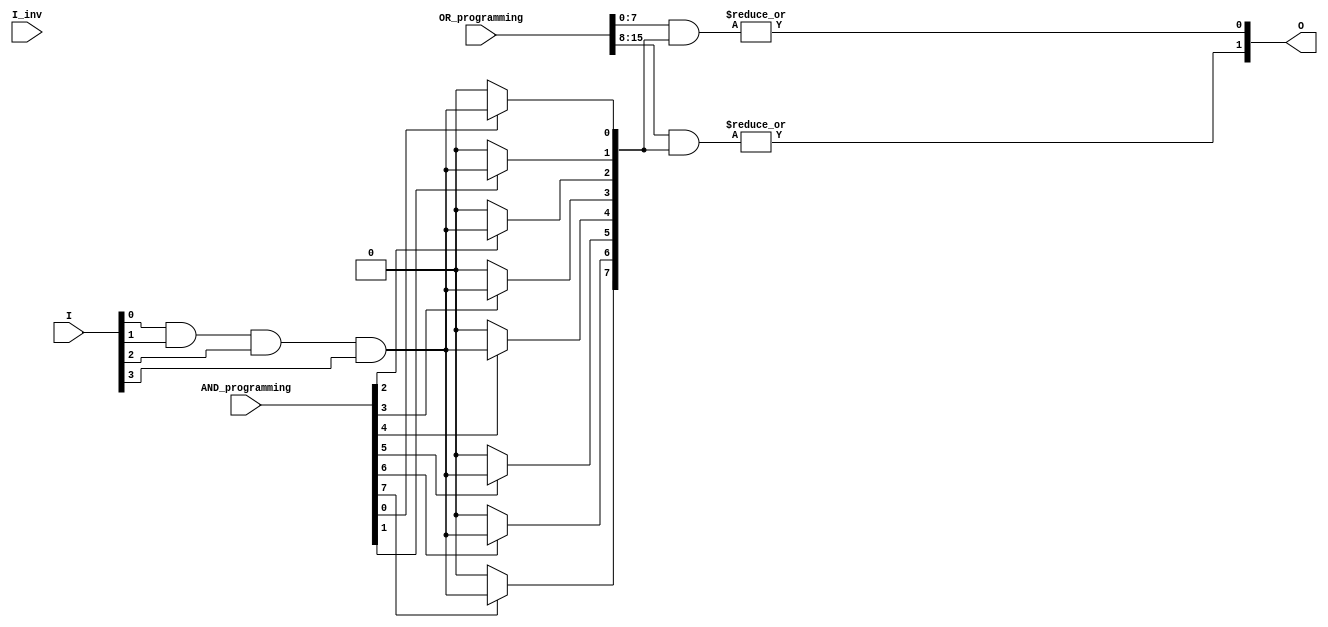
module CLB_PLA #(
    parameter INPUT_WIDTH = 4,    // Number of inputs
    parameter OUTPUT_WIDTH = 2,    // Number of outputs
    parameter MAX_PRODUCT_TERMS = 8 // Maximum product terms in AND plane
)(
    input wire [INPUT_WIDTH-1:0] I,         // Input lines
    input wire [INPUT_WIDTH-1:0] I_inv,     // Inverted input lines (for the convenience of fuses)
    input wire [MAX_PRODUCT_TERMS-1:0] AND_programming, // Fuse connections for AND plane
    input wire [OUTPUT_WIDTH*MAX_PRODUCT_TERMS-1:0] OR_programming, // Fuse connections for OR plane
    output wire [OUTPUT_WIDTH-1:0] O        // Output lines
);

// Intermediate product terms
wire [MAX_PRODUCT_TERMS-1:0] P; // Product terms from AND gates

// AND Plane: Each product term represents an AND gate
generate
    genvar j;
    for (j = 0; j < MAX_PRODUCT_TERMS; j = j + 1) begin : and_plane
        assign P[j] = (AND_programming[j]) ? (I[0] & I[1] & I[2] & I[3]) : 1'b0; // Example: All inputs ANDed if fuse is intact
    end
endgenerate

// OR Plane: Each output combines selected product terms
generate
    genvar k;
    for (k = 0; k < OUTPUT_WIDTH; k = k + 1) begin : or_plane
        assign O[k] = |(OR_programming[k*MAX_PRODUCT_TERMS +: MAX_PRODUCT_TERMS] & P); 
        // OR of selected product terms based on OR programming
    end
endgenerate

endmodule